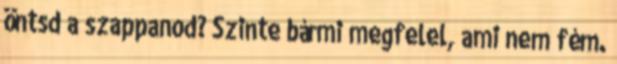
öntsd a szappanod? Szinte bármi megfelel, ami nem fém.